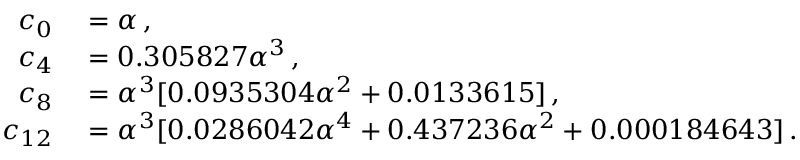
\begin{array} { r l } { c _ { 0 } } & { { } = \alpha \, , } \\ { c _ { 4 } } & { { } = 0 . 3 0 5 8 2 7 \alpha ^ { 3 } \, , } \\ { c _ { 8 } } & { { } = \alpha ^ { 3 } [ 0 . 0 9 3 5 3 0 4 \alpha ^ { 2 } + 0 . 0 1 3 3 6 1 5 ] \, , } \\ { c _ { 1 2 } } & { { } = \alpha ^ { 3 } [ 0 . 0 2 8 6 0 4 2 \alpha ^ { 4 } + 0 . 4 3 7 2 3 6 \alpha ^ { 2 } + 0 . 0 0 0 1 8 4 6 4 3 ] \, . } \end{array}